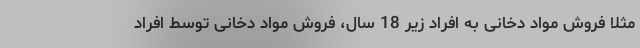
مثلا فروش مواد دخانی به افراد زیر 18 سال، فروش مواد دخانی توسط افراد